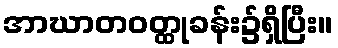
အာဃာတဝတ္ထုခန်း၌ရှိပြီး။